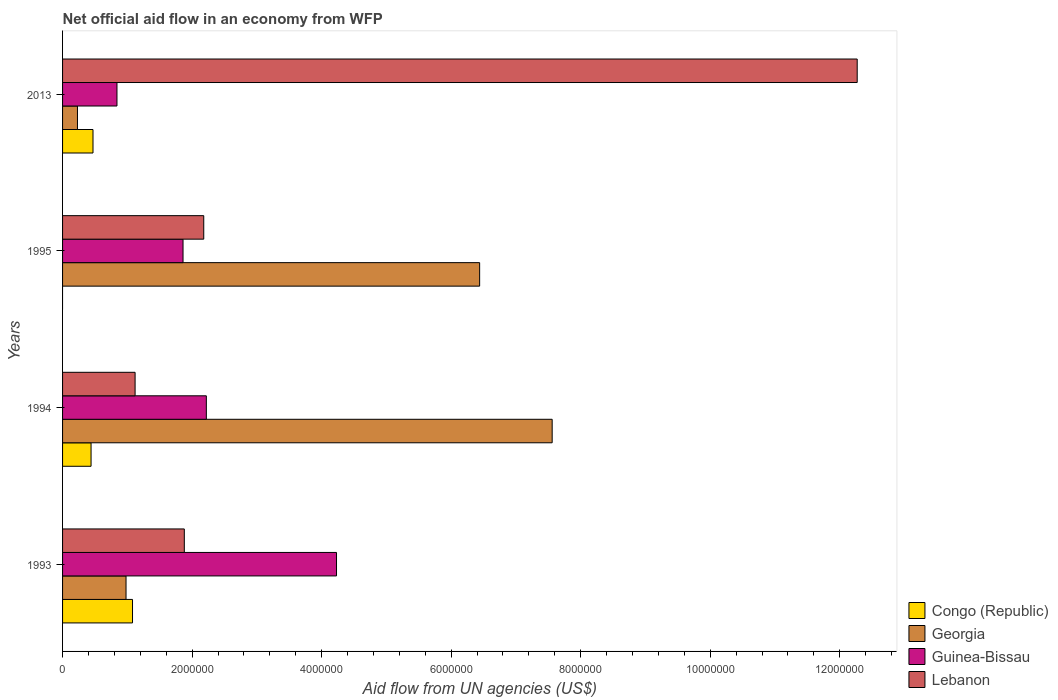
| Years | Congo (Republic) | Georgia | Guinea-Bissau | Lebanon |
 | --- | --- | --- | --- | --- |
 | 1993 | 1.08e+06 | 9.8e+05 | 4.23e+06 | 1.88e+06 |
 | 1994 | 4.4e+05 | 7.56e+06 | 2.22e+06 | 1.12e+06 |
 | 1995 | -4e+04 | 6.44e+06 | 1.86e+06 | 2.18e+06 |
 | 2013 | 4.7e+05 | 2.3e+05 | 8.4e+05 | 1.23e+07 |